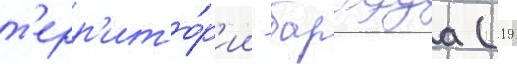
т'ерр'ито́р'ии - барбуда (19